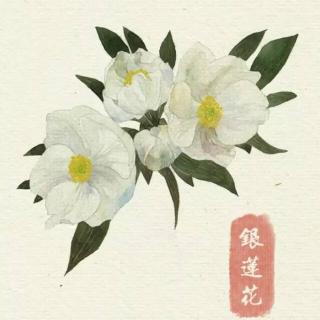
与人善言，暖于布帛伤人之言，深于矛戟。